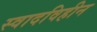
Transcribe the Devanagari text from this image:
स्वादविहीन